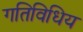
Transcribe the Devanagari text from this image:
गतिविधिय